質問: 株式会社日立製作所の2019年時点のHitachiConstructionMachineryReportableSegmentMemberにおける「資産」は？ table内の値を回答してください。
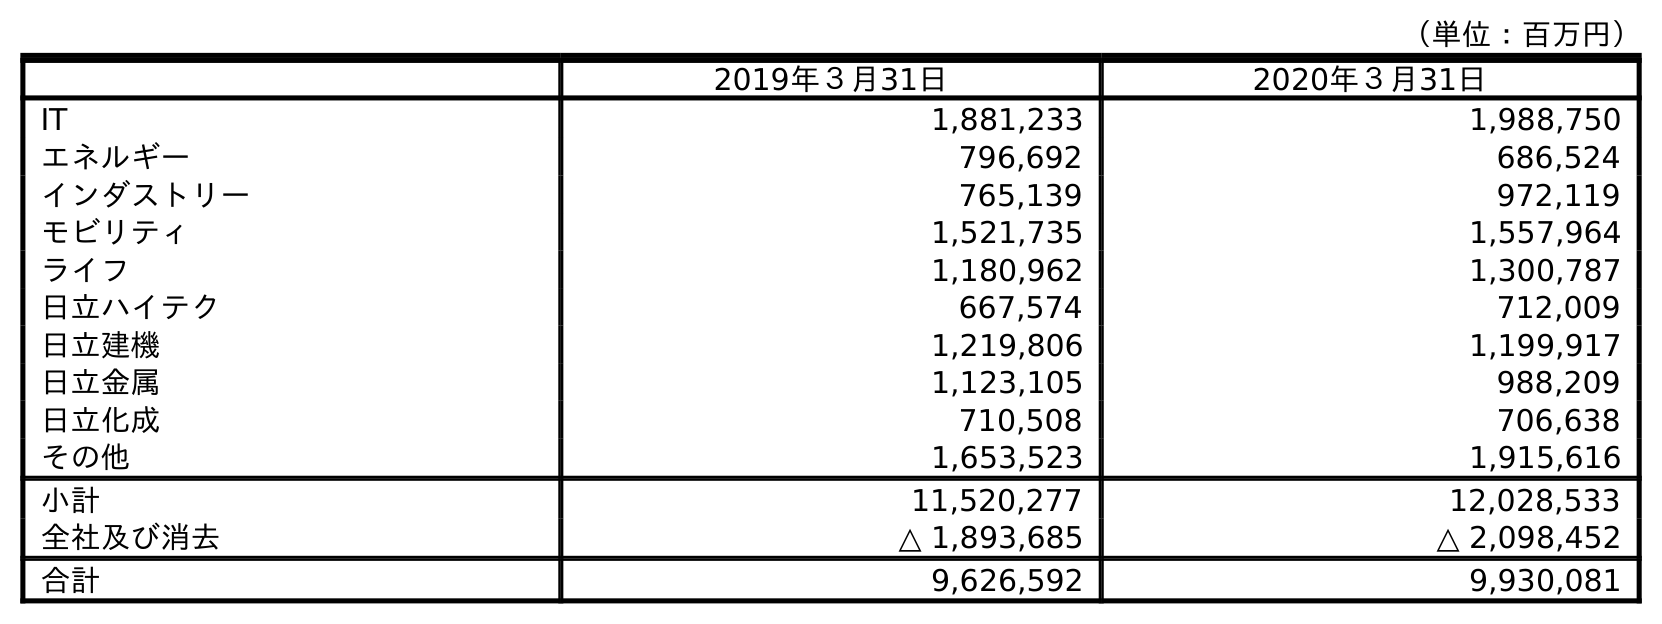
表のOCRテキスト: （単位：百万円） 2019年３月31日 2020年３月31日 IT 1,881,233 1,988,750 エネルギー 796,692 686,524 インダストリー 765,139 972,119 モビリティ 1,521,735 1,557,964 ライフ 1,180,962 1,300,787 日立ハイテク 667,574 712,009 日立建機 1,219,806 1,199,917 日立金属 1,123,105 988,209 日立化成 710,508 706,638 その他 1,653,523 1,915,616 小計 11,520,277 12,028,533 全社及び消去 △ 1,893,685 △ 2,098,452 合計 9,626,592 9,930,081
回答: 1,219,806